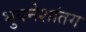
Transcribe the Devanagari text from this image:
भुवनेशांतग